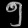
Digit: ၅